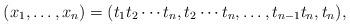
LaTeX: \begin{align*} (x_1, \dots, x_n)=(t_1t_2\cdots t_n, t_2\cdots t_n, \dots, t_{n-1}t_n, t_n),\end{align*}